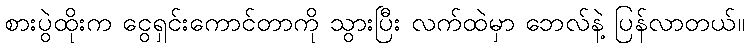
စားပွဲထိုးက ငွေရှင်းကောင်တာကို သွားပြီး လက်ထဲမှာ ဘေလ်နဲ့ ပြန်လာတယ်။